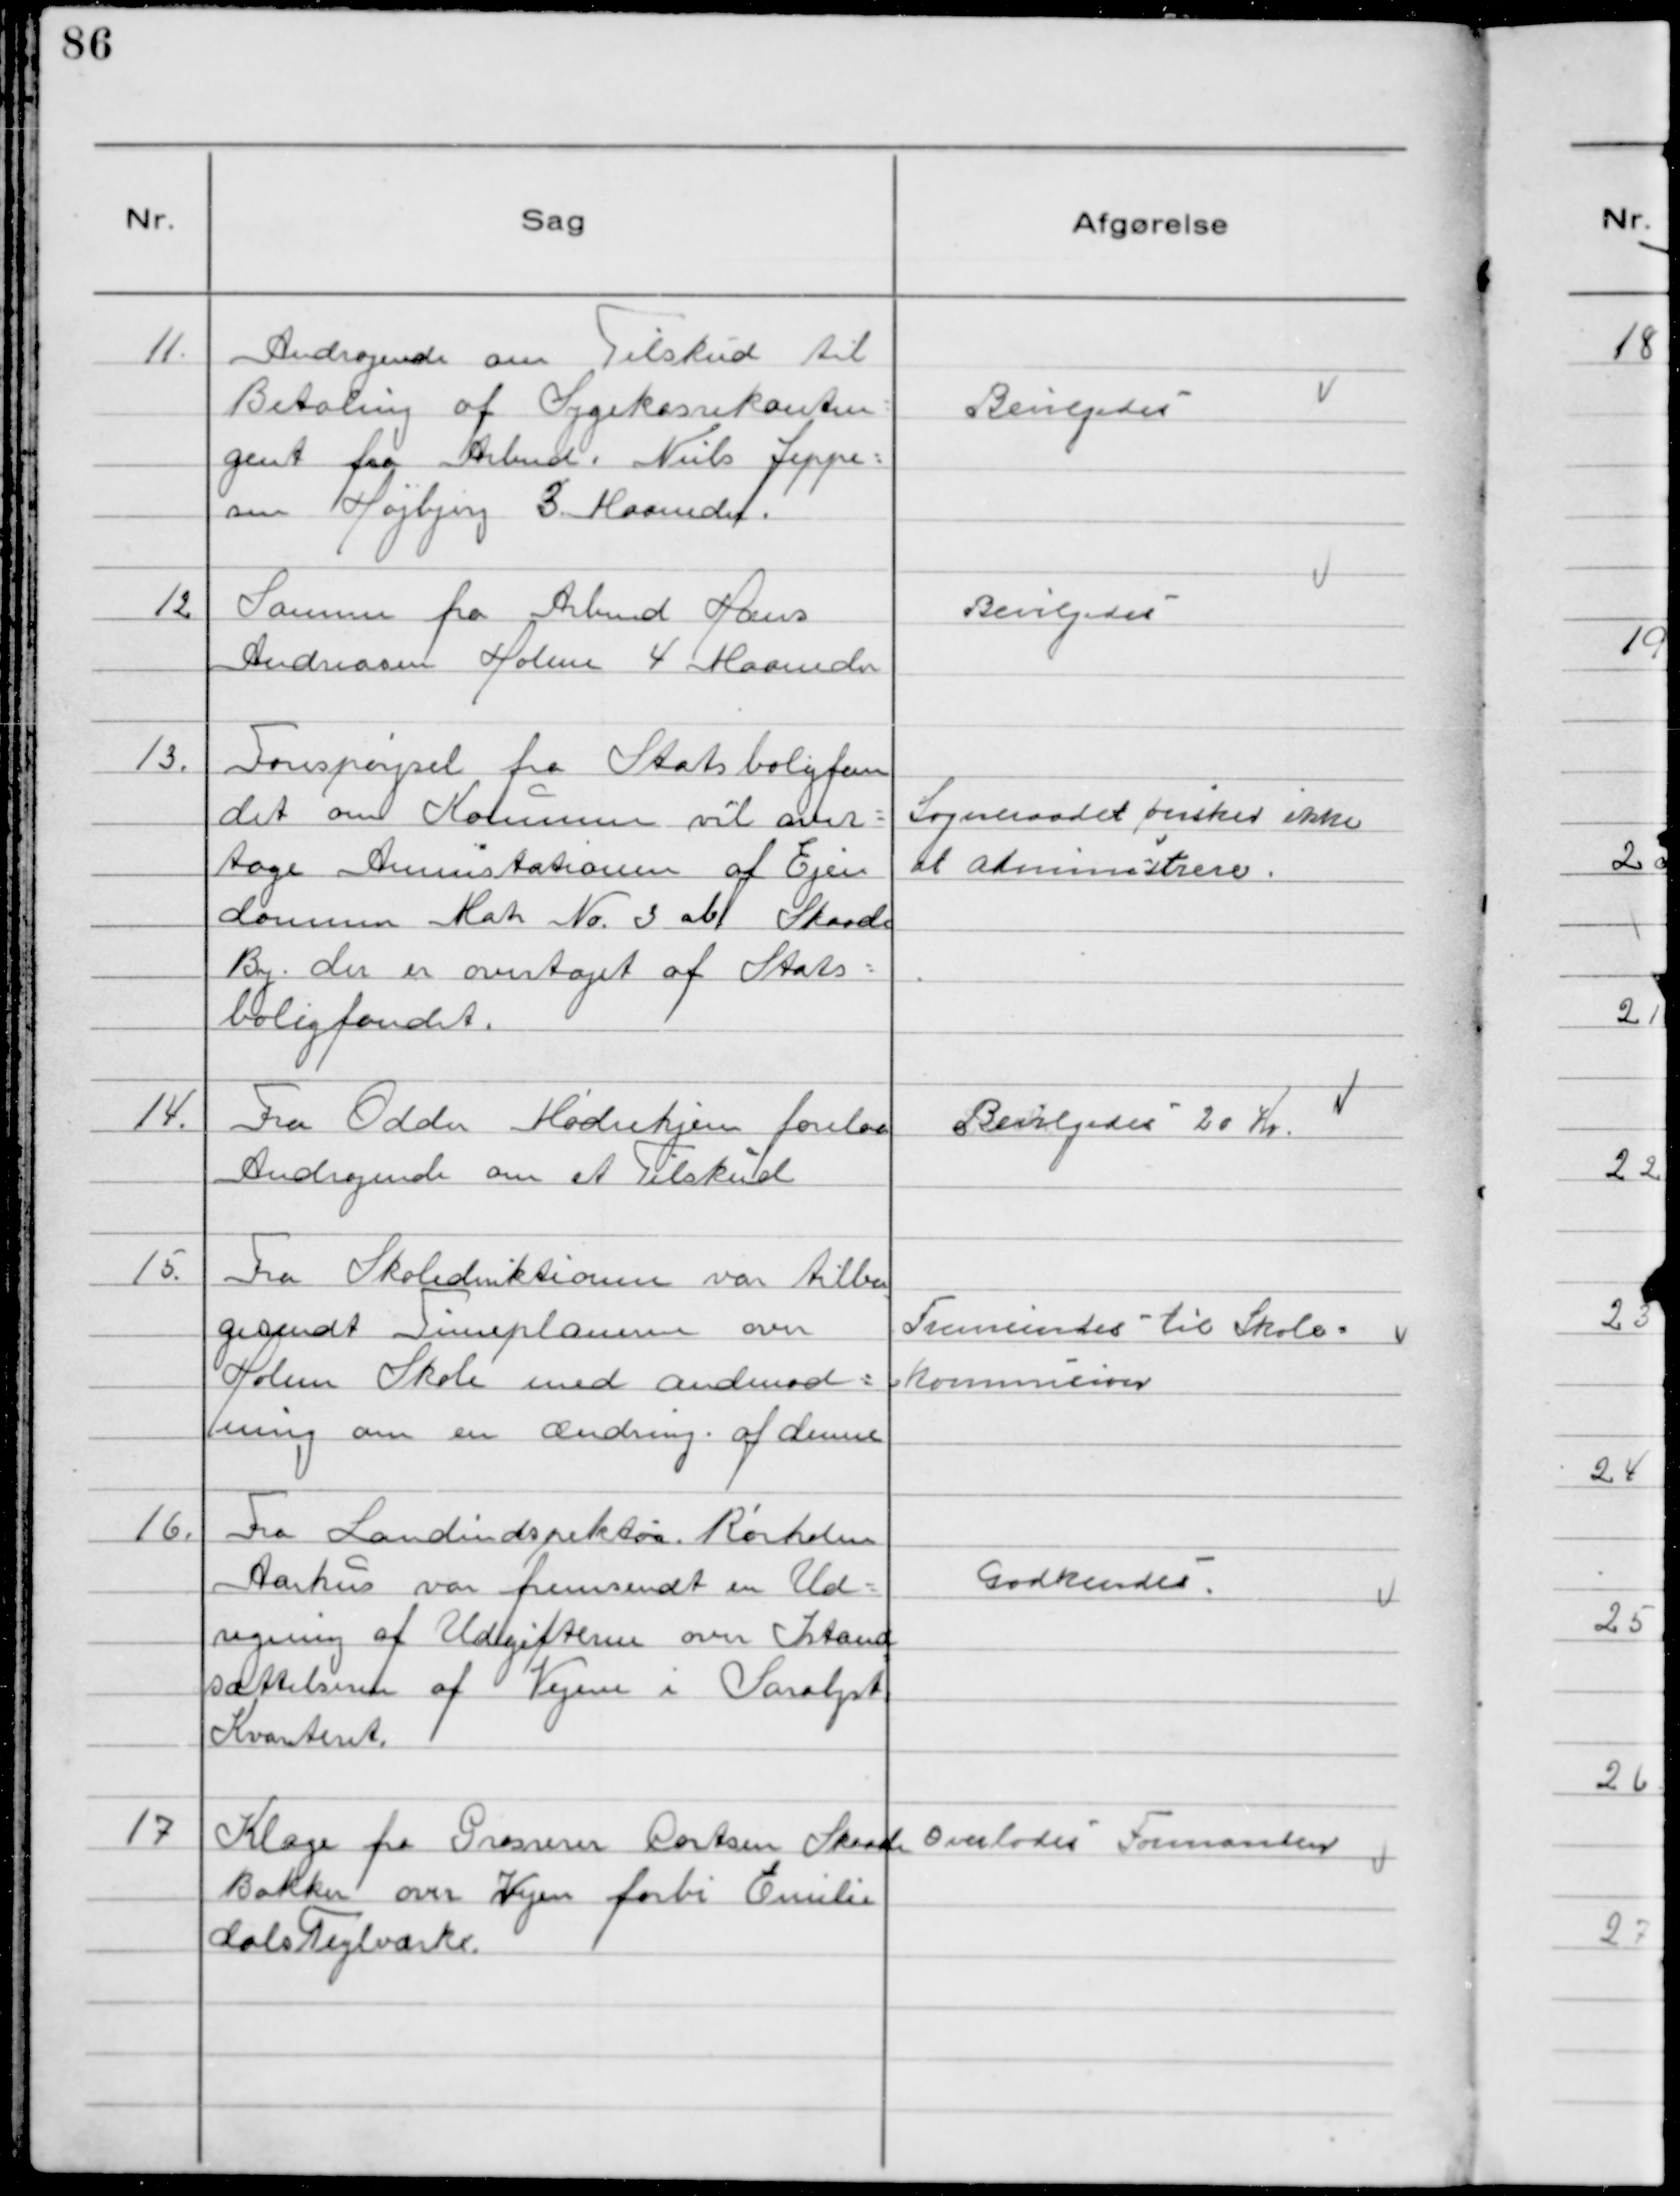
Transskription:
11. Andragende om Tikskud til
Betaling af Sygekassekontin
gent fra Arbmd. Niels Jeppe-
sen Højbjerg 3 Maaneder.

Bevilgedes

12 Samme fra Arbmd Hans
Andreasen Holme 4 Maaneder

Bevilgedes

13. Forespørgsel fra Statsboligfon
det om Kommunen vil over-
tage Aministationen af Ejen
dommen Matr № 3 ab Skaade
By. der er overtaget af Stats-
boligfondet.

Sogneraadet ønsker ikke
at administrere.

14. Fra Odder Mødrehjem forelaa
Andragende om et Tilskud

Bevilgedes 20 Kr.

15. Fra Skoledirektionen var tilba
gesendt Timeplanerne over
Holme Skole med andmod-
ning om en ændring af denne

Fremsendes til Skole-
kommisionen

16. Fra Landindspektør Rørholm
Aarhus var fremsendt en Ud-
regning af Udgifterne over Istand
sættelserne af Vejene i Saralyst
Kvarteret.

Godkendes

17 Klage fra Grosserer Cortsen Skaade
Bakker over Vejen forbi Emilie
dalsTeglværk.

Overlodes Formanden